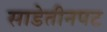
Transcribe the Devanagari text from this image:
साडेतीनपट